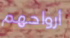
أرواحهم